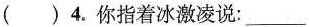
( )4.你指着冰激凌说: ___